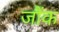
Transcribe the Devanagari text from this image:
जौंक